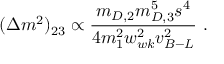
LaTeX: ( \Delta m ^ { 2 } ) _ { 2 3 } \propto { \frac { m _ { D , 2 } m _ { D , 3 } ^ { 5 } s ^ { 4 } } { 4 m _ { 1 } ^ { 2 } w _ { w k } ^ { 2 } v _ { B - L } ^ { 2 } } } ~ .